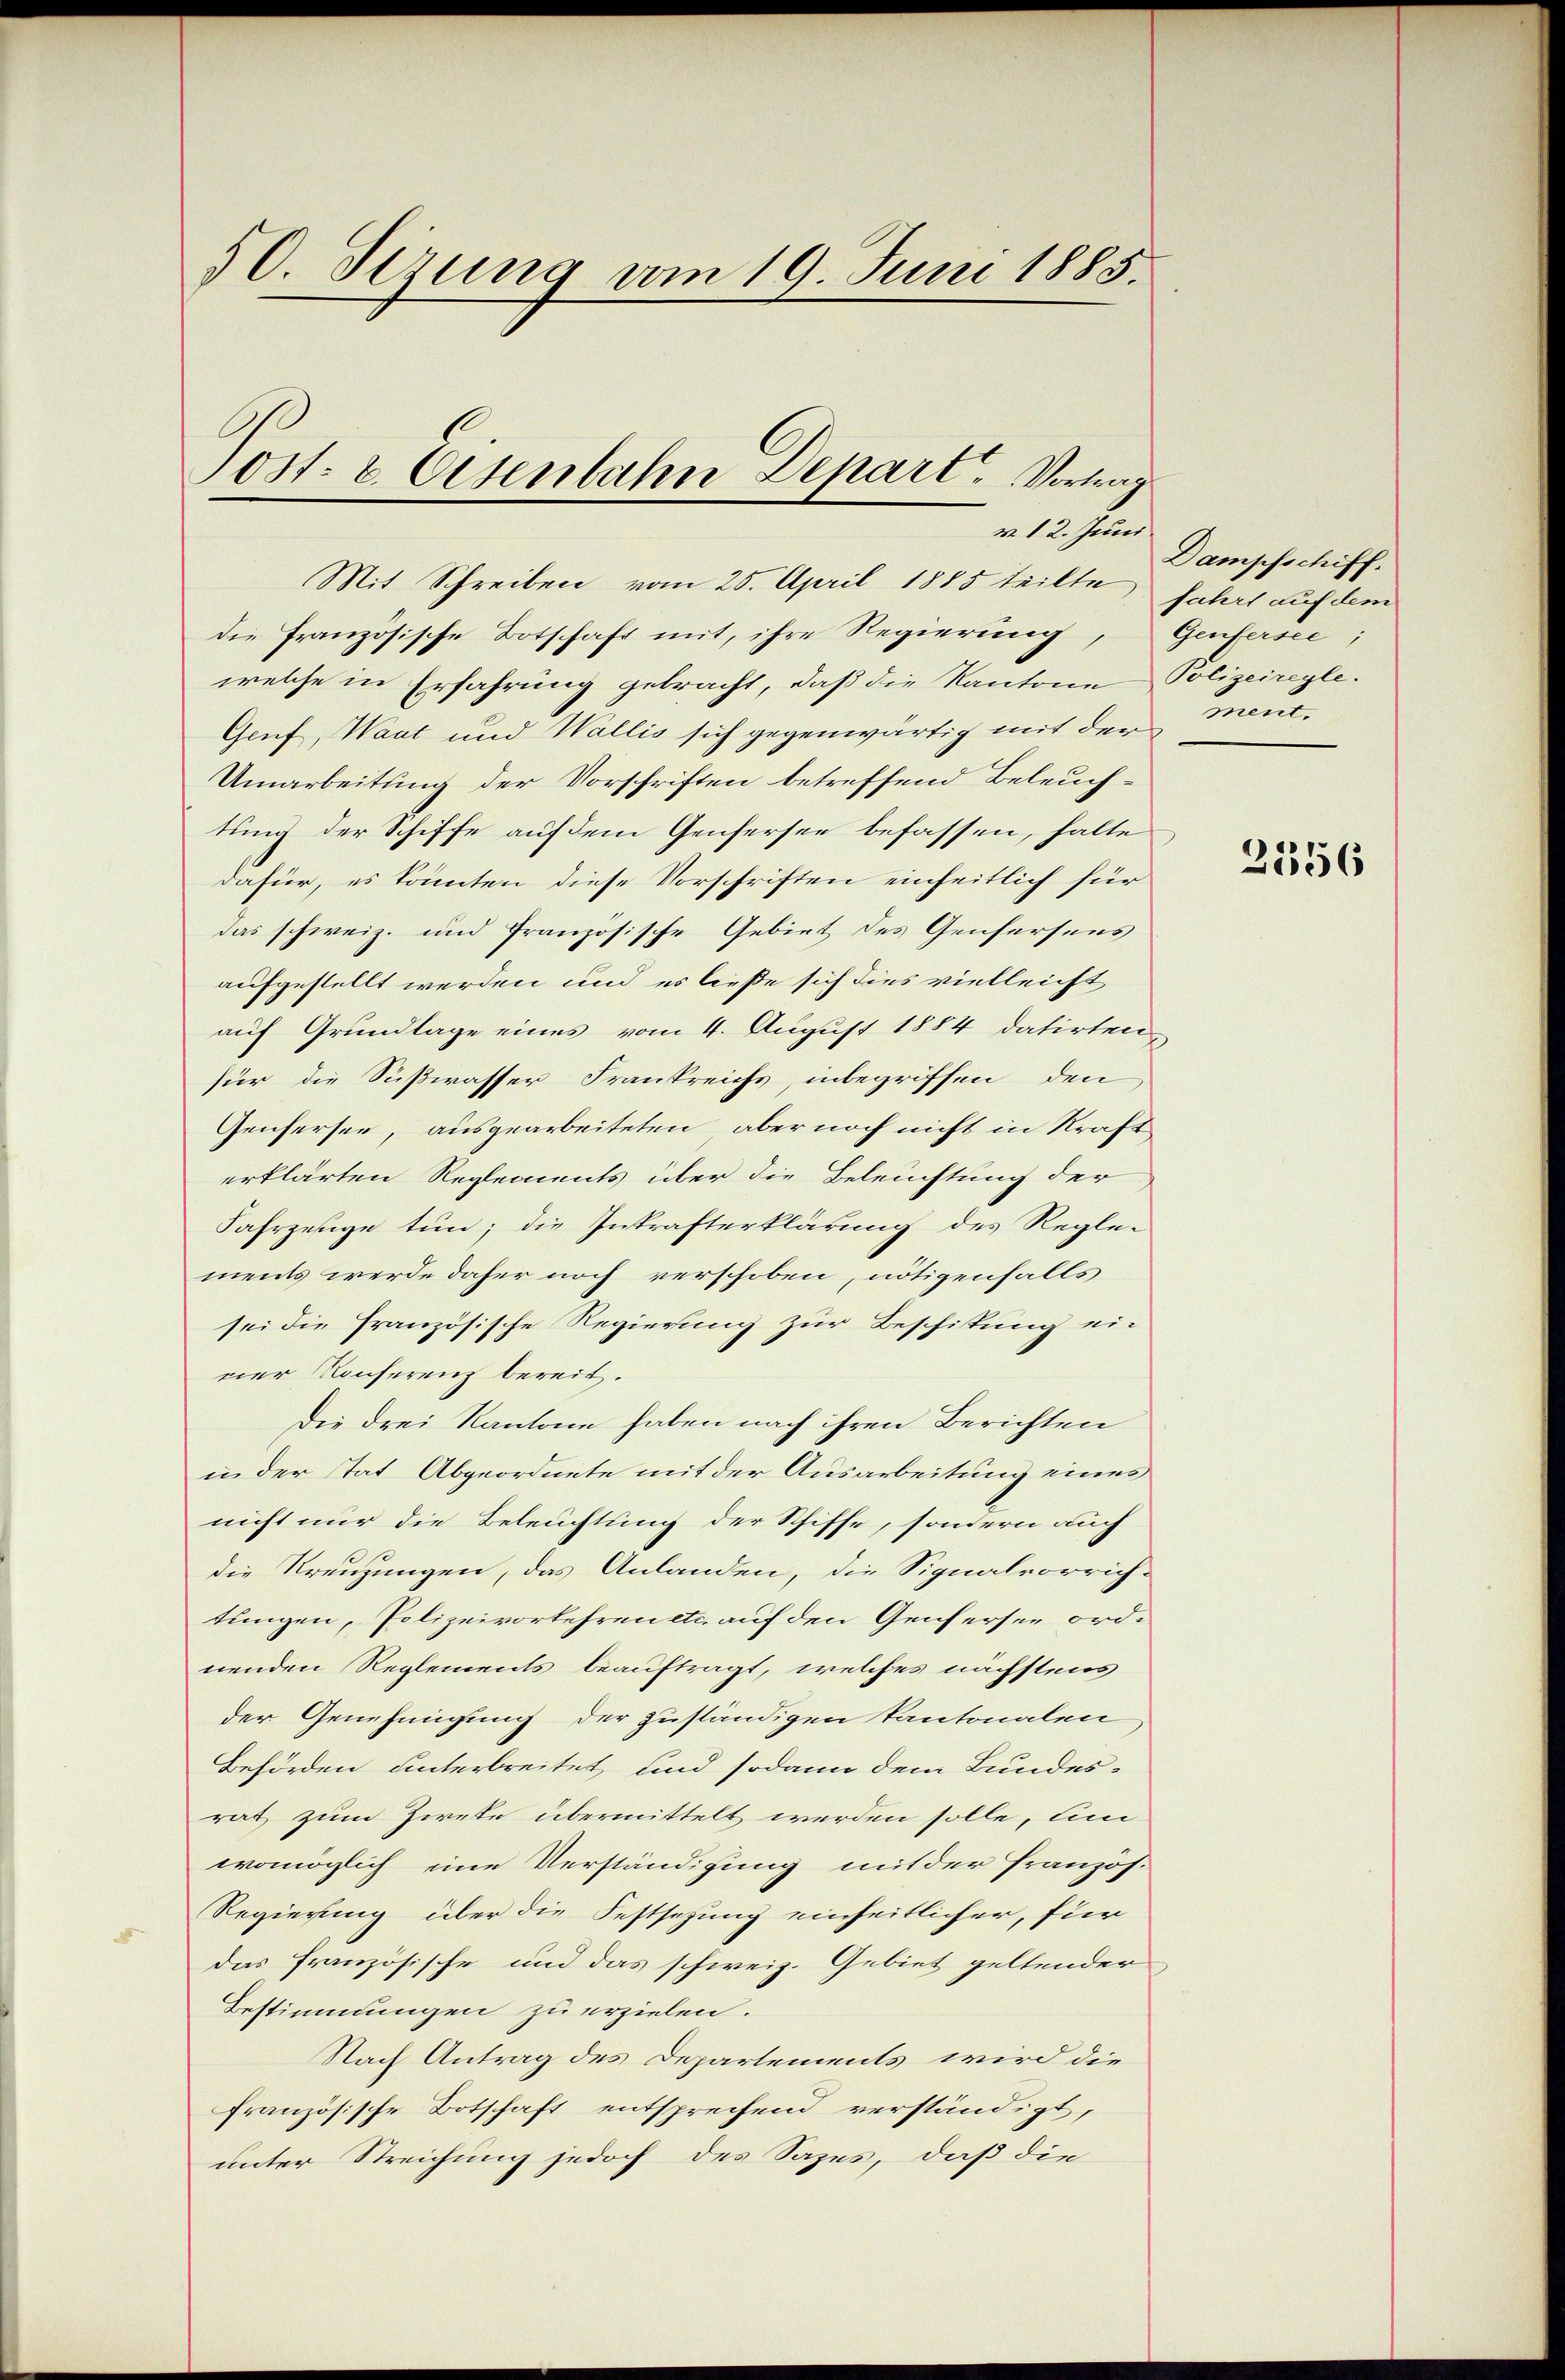
50. Sizung vom 19. Juni 1885.

ost- & Eisenbahn Depart. Vortrag

v. 12. Juni

Mit Schreiben vom 25. April 1885 teilte fahrt auf dem
die Französische Botschaft mit, ihre Regierung, Genfersee;
welche in Erfahrung gebracht, daß die Kantone Polizeiregle¬
Genf, Waat und Wallis sich gegenwärtig mit der Men¬
Umarbeitung der Vorschriften betreffend Beleuchtung der Schiffe auf dem Genfersee befassen, halte
dafür, es könnten diese Vorschriften einheitlich für
das schweiz. und französische Gebiet des Genfersens
aufgestellt werden und es ließe sich dies vielleicht
auf Grundlage eines vom 4. August 1884 datirten,
für die Sußwasser Frankreichs, inbegriffen, den
Genfersee, ausgearbeiteten, aber noch nicht in Kraft
erklärten Reglements über die Beleuchtung der
Fahrzeige tun; die Inkrafterklärung des Regle-
ments werde daher noch verschoben, nötigenfalls
sei die französische Regierung zur Beschiftung ein
ner Konferenz bereit.
die drei Kantone haben nach ihren Berichten
in der Tat Abgeordnete mit der Ausarbeitung eines
nicht nur die Beleuchtung der Schiffe, sondern auch
die Kreuzungen, das Anlanden, die Signalvorrich-
tungen, Polizeivorkehren etc. auf den Genfersee ordnenden Reglements beauftragt, welches nächstens
der Genehmigung der zuständigen kantonalen
Behörden unterbreitet und sodann dem Bundes-
rat zum Zirke übermittelt werden solle, lin
womöglich eine Verständigung mit der Französ.
Regierung über die Festsezung einheitlicher, für
das französische und das schweiz. Gebiet geltender
Bestimmungen zu erzielen.
Nach Antrag des Departements wird die
französische Botschaft entsprechend verständigt,
unter Streichung jedoch des Saxes, daß die

Dampfschiff.

2556